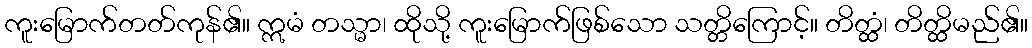
ကူးမြောက်တတ်ကုန်၏။ ဣမံ တသ္မာ၊ ထိုသို့ ကူးမြောက်ဖြစ်သော သတ္တိကြောင့်။ တိတ္ထံ၊ တိတ္ထိမည်၏။